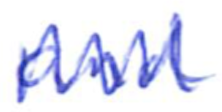
Text: and
Cross-out: zig-zag
Writing tool: ballpoint